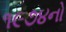
૧૯૭૪નો